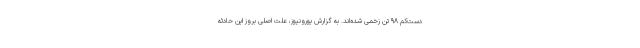
دست‌کم ۹۸ تن زخمی شده‌اند. به گزارش یورونیوز، علت اصلی بروز این حادثه